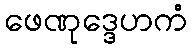
ဖေဏုဒ္ဒေဟကံ